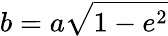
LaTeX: b=a{\sqrt{1-e^{2}}}